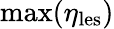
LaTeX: \mathrm{max}(\eta_{\mathrm{les}})